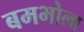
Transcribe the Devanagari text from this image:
बमभोला